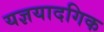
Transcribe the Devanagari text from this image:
यज्ञयादगिक